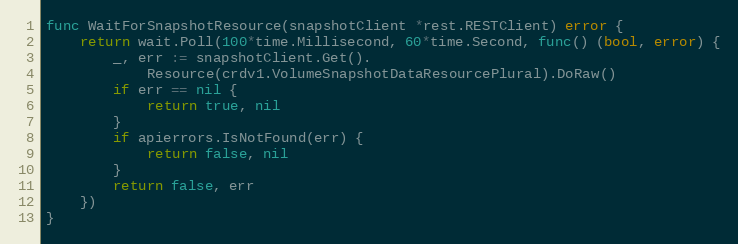
Language: Go
func WaitForSnapshotResource(snapshotClient *rest.RESTClient) error {
	return wait.Poll(100*time.Millisecond, 60*time.Second, func() (bool, error) {
		_, err := snapshotClient.Get().
			Resource(crdv1.VolumeSnapshotDataResourcePlural).DoRaw()
		if err == nil {
			return true, nil
		}
		if apierrors.IsNotFound(err) {
			return false, nil
		}
		return false, err
	})
}